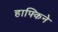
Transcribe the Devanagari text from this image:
हाफ्किने